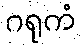
ဂရုကံ